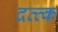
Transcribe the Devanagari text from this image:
दत्त्क